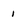
Character: i